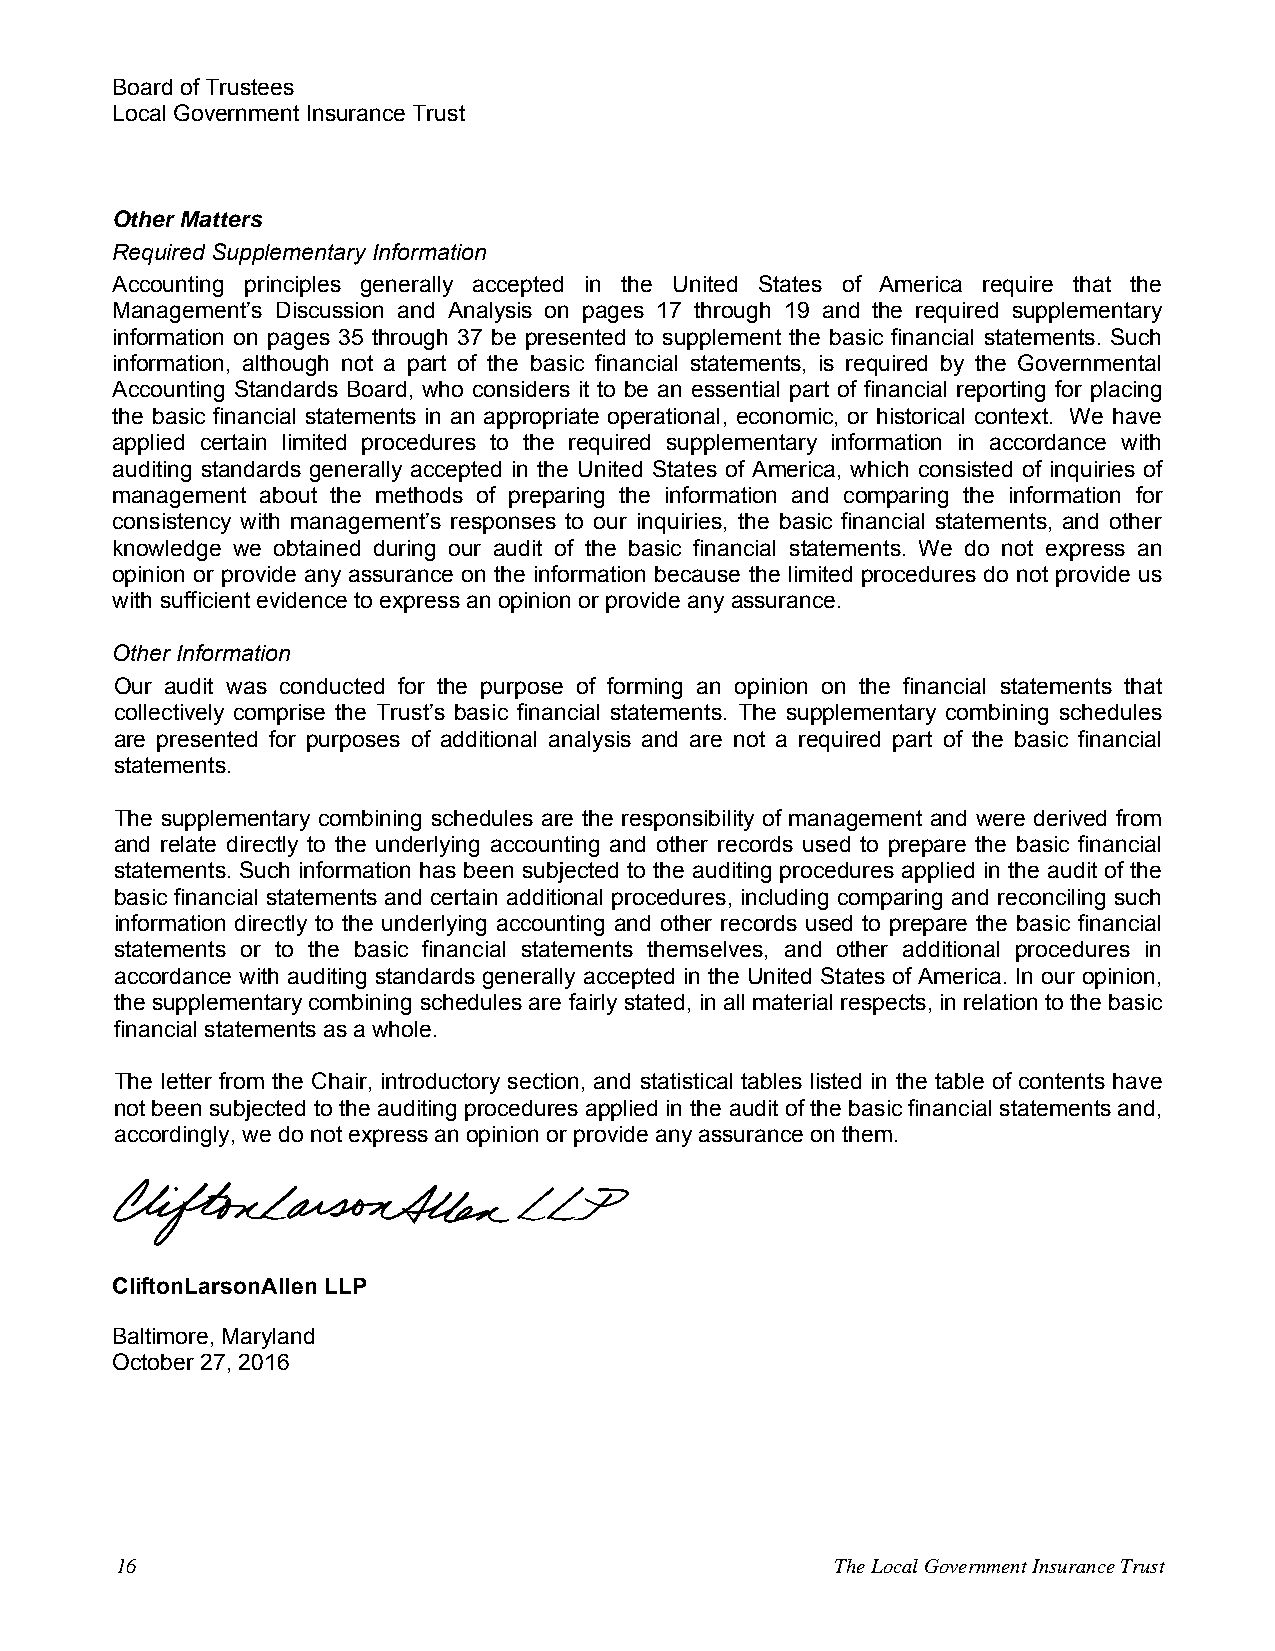
Board of Trustees
 Local Government Insurance Trust
 Other Matters
 Required Supplementary Information
 Accounting principles generally accepted in the United States of America require that the
 Management’s Discussion and Analysis on pages 17 through 19 and the required supplementary
 information on pages 35 through 37 be presented to supplement the basic financial statements. Such
 information, although not a part of the basic financial statements, is required by the Governmental
 Accounting Standards Board, who considers it to be an essential part of financial reporting for placing
 the basic financial statements in an appropriate operational, economic, or historical context. We have
 applied certain limited procedures to the required supplementary information in accordance with
 auditing standards generally accepted in the United States of America, which consisted of inquiries of
 management about the methods of preparing the information and comparing the information for
 consistency with management’s responses to our inquiries, the basic financial statements, and other
 knowledge we obtained during our audit of the basic financial statements. We do not express an
 opinion or provide any assurance on the information because the limited procedures do not provide us
 with sufficient evidence to express an opinion or provide any assurance.
 Other Information
 Our audit was conducted for the purpose of forming an opinion on the financial statements that
 collectively comprise the Trust’s basic financial statements. The supplementary combining schedules
 are presented for purposes of additional analysis and are not a required part of the basic financial
 statements.
 The supplementary combining schedules are the responsibility of management and were derived from
 and relate directly to the underlying accounting and other records used to prepare the basic financial
 statements. Such information has been subjected to the auditing procedures applied in the audit of the
 basic financial statements and certain additional procedures, including comparing and reconciling such
 information directly to the underlying accounting and other records used to prepare the basic financial
 statements or to the basic financial statements themselves, and other additional procedures in
 accordance with auditing standards generally accepted in the United States of America. In our opinion,
 the supplementary combining schedules are fairly stated, in all material respects, in relation to the basic
 financial statements as a whole.
 The letter from the Chair, introductory section, and statistical tables listed in the table of contents have
 not been subjected to the auditing procedures applied in the audit of the basic financial statements and,
 accordingly, we do not express an opinion or provide any assurance on them.
 a
 CliftonLarsonAllen LLP
 Baltimore, Maryland
 October 27, 2016
 1